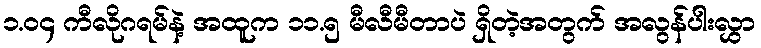
၁.၀၄ ကီလိုဂရမ်နဲ့ အထူက ၁၁.၅ မီလီမီတာပဲ ရှိတဲ့အတွက် အလွန်ပါးလွှာ